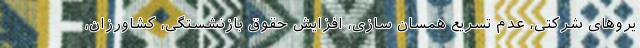
یروهای شرکتی، عدم تسریع همسان سازی، افزایش حقوق بازنشستگی، کشاورزان،